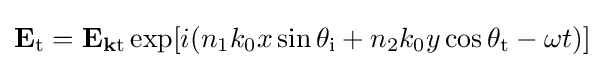
\mathbf {E} _{\text{t}}=\mathbf {E} _{\mathbf {k} {\text{t}}}\exp[i(n_{1}k_{0}x\sin \theta _{\text{i}}+n_{2}k_{0}y\cos \theta _{\text{t}}-\omega t)]